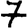
Digit: 7